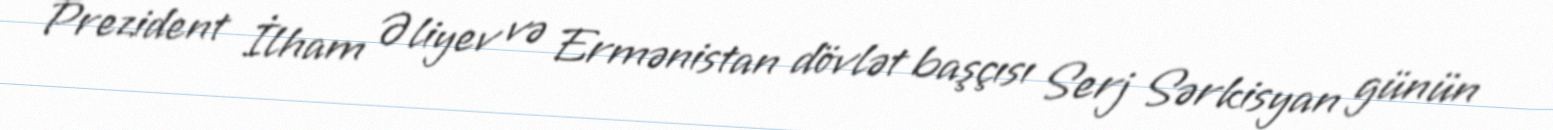
Prezident İlham Əliyev və Ermənistan dövlət başçısı Serj Sərkisyan günün